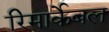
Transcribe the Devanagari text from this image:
रिमार्केबल